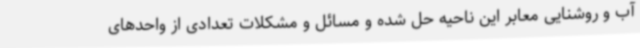
آب و روشنایی معابر این ناحیه حل شده و مسائل و مشکلات تعدادی از واحدهای